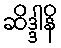
ဆိဒ္ဒါနိ